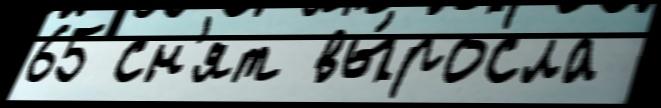
65 сн'ят вы́росла